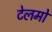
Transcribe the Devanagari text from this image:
टेलमो